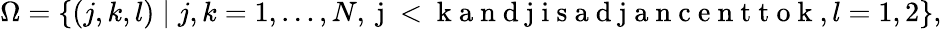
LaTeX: \begin{array}{r}{\Omega=\{ (j,k,l)\mid j,k=1,\ldots,N,\mathrm{~j~<~k~a~n~d~j~i~s~a~d~j~a~n~c~e~n~t~t~o~k~},l=1,2\} ,}\end{array}